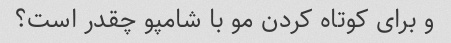
و برای کوتاه کردن مو با شامپو چقدر است؟